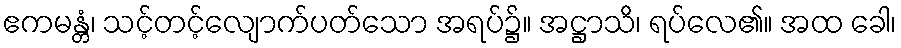
ဧကမန္တံ၊ သင့်တင့်လျောက်ပတ်သော အရပ်၌။ အဋ္ဌာသိ၊ ရပ်လေ၏။ အထ ခေါ၊